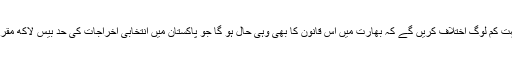
اس بات سے بھی بہت کم لوگ اختلاف کریں گے کہ بھارت میں اس قانون کا بھی وہی حال ہو گا جو پاکستان میں انتخابی اخراجات کی حد بیس لاکھ مقرر کرنے کا ہوا ہے۔